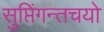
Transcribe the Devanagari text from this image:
सुप्तिंगन्तचयो